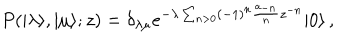
LaTeX: P ( | \lambda \rangle , | \mu \rangle ; z ) = \delta _ { \lambda \mu } e ^ { - \lambda \sum _ { n > 0 } ( - 1 ) ^ { n } { \frac { a _ { - n } } { n } } z ^ { - n } } | 0 \rangle \, ,